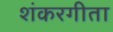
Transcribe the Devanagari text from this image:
शंकरगीता